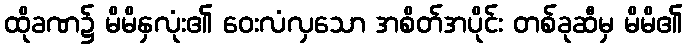
ထိုခဏ၌ မိမိနှလုံး၏ ဝေးလံလှသော အစိတ်အပိုင်း တစ်ခုဆီမှ မိမိ၏